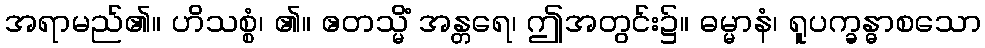
အရာမည်၏။ ဟိသစ္စံ၊ ၏။ ဧတသ္မိံ အန္တရေ၊ ဤအတွင်း၌။ ဓမ္မာနံ၊ ရူပက္ခန္ဓာစသော